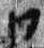
日